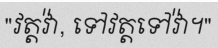
"វត្តវ៉ា, ទៅវត្តទៅវ៉ា។"